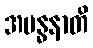
အဗန္ဓနာတိ